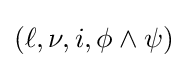
(\ell ,\nu ,i,\phi \land \psi )